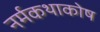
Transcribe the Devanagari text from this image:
नर्मकथाकोष